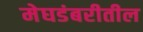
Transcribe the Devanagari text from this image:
मेघडंबरीतील